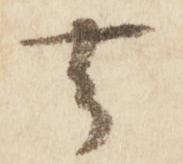
去